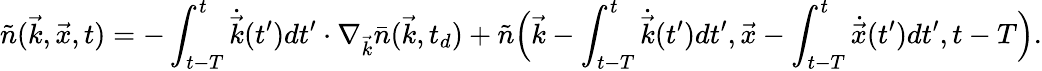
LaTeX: \tilde{n}(\vec{k},\vec{x},t)=-\int_{t-T}^{t}\dot{\vec{k}}(t^{\prime})dt^{\prime}\cdot\nabla_{\vec{k}}\bar{n}(\vec{k},t_{d})+\tilde{n}\Big(\vec{k}-\int_{t-T}^{t}\dot{\vec{k}}(t^{\prime})dt^{\prime},\vec{x}-\int_{t-T}^{t}\dot{\vec{x}}(t^{\prime})dt^{\prime},t-T\Big).